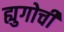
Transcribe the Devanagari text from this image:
ह्युगोची